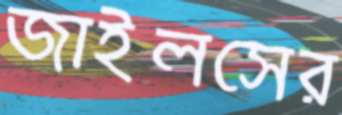
জাইলসের